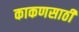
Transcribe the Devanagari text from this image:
काकणसाठी